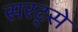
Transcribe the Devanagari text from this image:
सरट्से